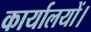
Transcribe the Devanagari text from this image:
कार्यालयों।